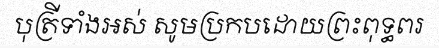
បុត្រីទាំងអស់ សូមប្រកបដោយព្រះពុទ្ធពរ